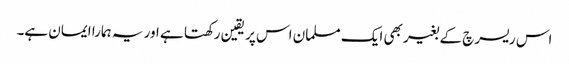
اس ریسرچ کے بغیر بھی ایک مسلمان ‌اس پر یقین رکھتا ہے اور یہ ہمارا ایمان ہے۔